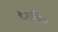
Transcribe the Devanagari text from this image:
पैशांविना